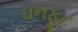
ઘનફૂટ